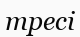
тресі